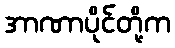
အာဏာပိုင်တို့က